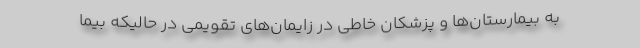
به بیمارستان‌ها و پزشکان خاطی در زایمان‌های تقویمی در حالیکه بیما